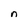
Character: n